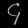
Digit: ၄